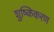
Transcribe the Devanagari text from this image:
शुष्किकरण